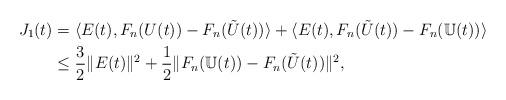
LaTeX: \begin{align*}J_1(t)&=\langle E(t),F_n(U(t))-F_n(\tilde U(t))\rangle+\langle E(t),F_n(\tilde U(t))-F_n(\mathbb U(t))\rangle\\&\le \frac{3}{2}\|E(t)\|^2+\frac{1}{2}\|F_n(\mathbb U(t))-F_n(\tilde U(t))\|^2,\end{align*}